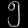
Digit: ၅